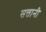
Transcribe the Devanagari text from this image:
सत्तानी